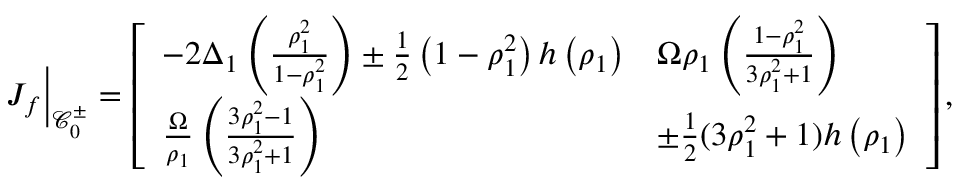
J _ { f } \Big \rvert _ { \mathcal { C } _ { 0 } ^ { \pm } } = \left[ \begin{array} { l l } { - 2 \Delta _ { 1 } \left( \frac { \rho _ { 1 } ^ { 2 } } { 1 - \rho _ { 1 } ^ { 2 } } \right) \pm \frac { 1 } { 2 } \left( 1 - \rho _ { 1 } ^ { 2 } \right) h \left( \rho _ { 1 } \right) } & { \Omega \rho _ { 1 } \left( \frac { 1 - \rho _ { 1 } ^ { 2 } } { 3 \rho _ { 1 } ^ { 2 } + 1 } \right) } \\ { \frac { \Omega } { \rho _ { 1 } } \left( \frac { 3 \rho _ { 1 } ^ { 2 } - 1 } { 3 \rho _ { 1 } ^ { 2 } + 1 } \right) } & { \pm \frac { 1 } { 2 } ( 3 \rho _ { 1 } ^ { 2 } + 1 ) h \left( \rho _ { 1 } \right) } \end{array} \right] ,